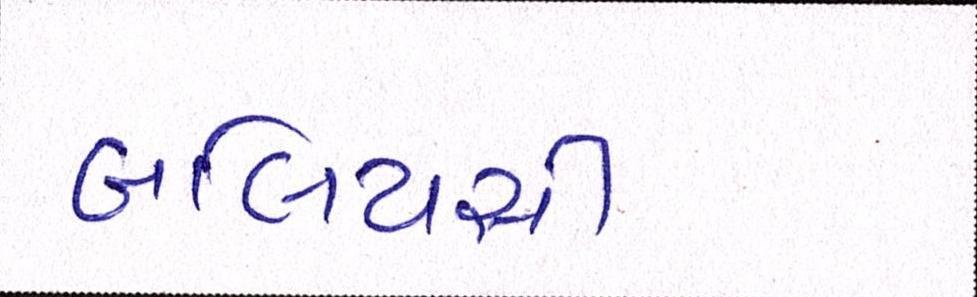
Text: બલિયસી